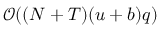
\mathcal { O } ( ( N + T ) ( u + b ) q )